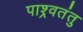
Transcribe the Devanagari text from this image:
पाश्र्वतंतु